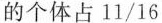
的个体占11/16